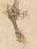
者